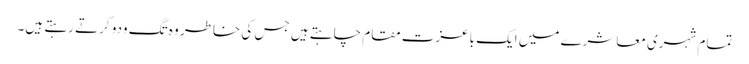
تمام شہری معاشرے میں ایک باعزت مقام چاہتے ہیں جس کی خاطر وہ تگ ودو کرتے رہتے ہیں۔